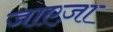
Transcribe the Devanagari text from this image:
जाएज़ा